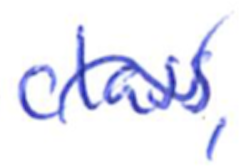
Text: class,
Cross-out: wave
Writing tool: ballpoint